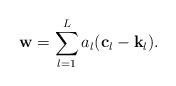
LaTeX: \begin{align*}\mathbf w = \sum_{l=1}^{L} a_{l} (\mathbf c_l -\mathbf k_l).\end{align*}